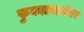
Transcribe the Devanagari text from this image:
फुगवल्यानंतर